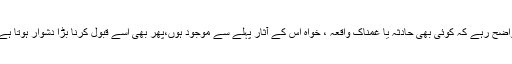
واضح رہے کہ کوئی بھی حادثہ یا غمناک واقعہ ، خواہ اس کے آثار پہلے سے موجود ہوں،پھر بھی اسے قبول کرنا بڑا دشوار ہوتا ہے۔